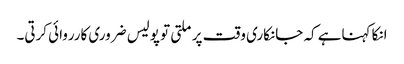
انکا کہناہے کہ جانکاری وقت پر ملتی تو پولیس ضروری کارروائی کرتی۔